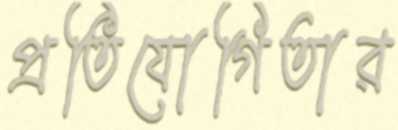
প্রতিযোগিতার